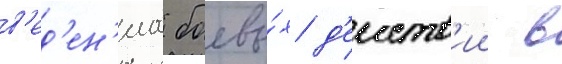
в'ед'ен'иа боевы́х д'еиств'ии в